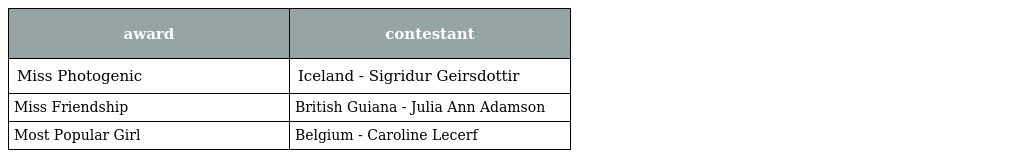
| award | contestant |
 | --- | --- |
 | Miss Photogenic | Iceland - Sigridur Geirsdottir |
 | Miss Friendship | British Guiana - Julia Ann Adamson |
 | Most Popular Girl | Belgium - Caroline Lecerf |